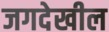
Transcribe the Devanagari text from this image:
जगदेखील